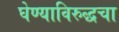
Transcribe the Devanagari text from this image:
घेण्याविरुद्धचा